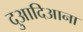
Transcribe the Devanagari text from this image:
दुआदिआना